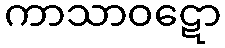
ကာသာဝဋော